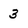
Character: 3